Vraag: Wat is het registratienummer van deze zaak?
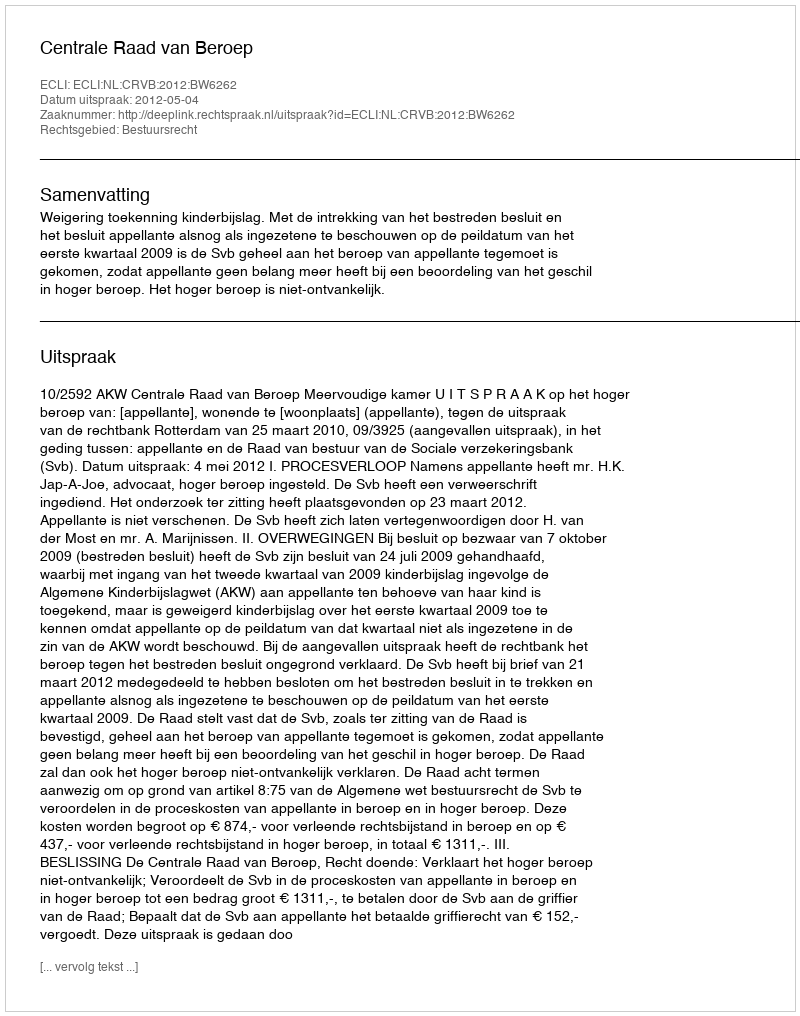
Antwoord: http://deeplink.rechtspraak.nl/uitspraak?id=ECLI:NL:CRVB:2012:BW6262